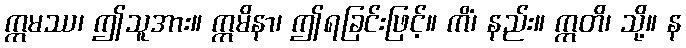
ဣမဿ၊ ဤသူအား။ ဣမိနာ၊ ဤရခြင်းဖြင့်။ ကိံ၊ နည်း။ ဣတိ၊ သို့။ န